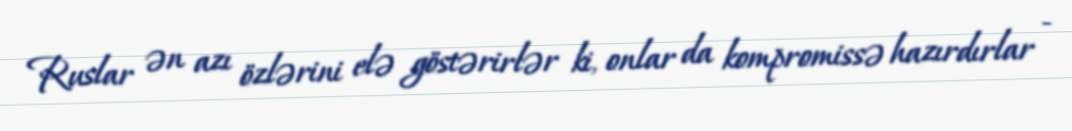
Ruslar ən azı özlərini elə göstərirlər ki, onlar da kompromissə hazırdırlar -